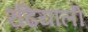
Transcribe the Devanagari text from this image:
रढियाली